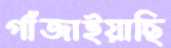
গাঁজাইয়াছি